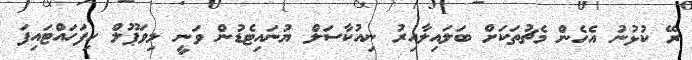
ރޭ ކުޅުނު އެހެން މެޗުތަކަށް ބަލައިލާއިރު ނިއުކާސަލް ޔުނައިޓެޑުން ވަނީ ލިވަޕޫލް ހިފަހައްޓައިފަ